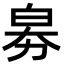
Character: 𤽘